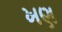
ખણ